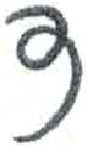
אות: ד